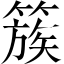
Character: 簇